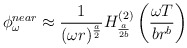
\begin{align*}\phi_{\omega}^{near} \approx \frac{1}{(\omega r)^{\frac{a}{2}}} H_{\frac{a}{2 b}}^{(2)} \left( \frac{\omega T}{b r^b} \right)\end{align*}